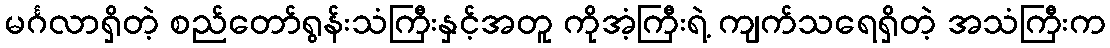
မင်္ဂလာရှိတဲ့ စည်တော်ရွန်းသံကြီးနှင့်အတူ ကိုအံ့ကြီးရဲ့ ကျက်သရေရှိတဲ့ အသံကြီးက